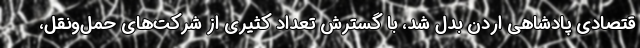
قتصادی پادشاهی اردن بدل شد، با گسترش تعداد کثیری از شرکت‌های حمل‌ونقل،